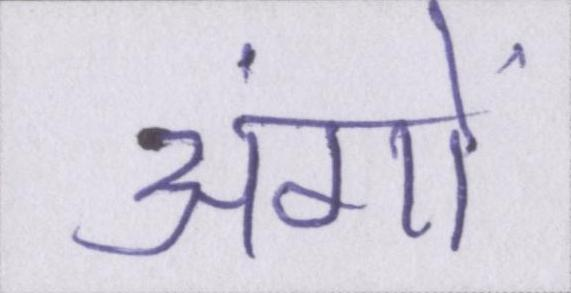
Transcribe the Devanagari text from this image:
अंगों